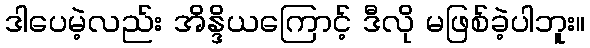
ဒါပေမဲ့လည်း အိန္ဒိယကြောင့် ဒီလို မဖြစ်ခဲ့ပါဘူး။